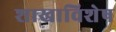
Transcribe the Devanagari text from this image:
शाखाविशेष